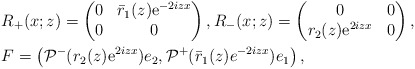
\begin{align*}&R_+(x;z)=\begin{pmatrix}0 & \bar{r}_1(z) \mathrm{e}^{-2iz x} \\0 & 0\end{pmatrix}, R_-(x;z)=\begin{pmatrix}0 & 0 \\r_2(z) \mathrm{e}^{2iz x} & 0\end{pmatrix},\\&F =\left(\mathcal{P}^{-}(r_2( z) \mathrm{e}^{2iz x})e_2, \mathcal{P}^+(\bar{r}_1(z)e^{-2iz x})e_1\right),\end{align*}